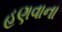
હણવાના